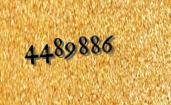
4489886